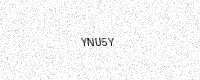
Text: YNU5Y